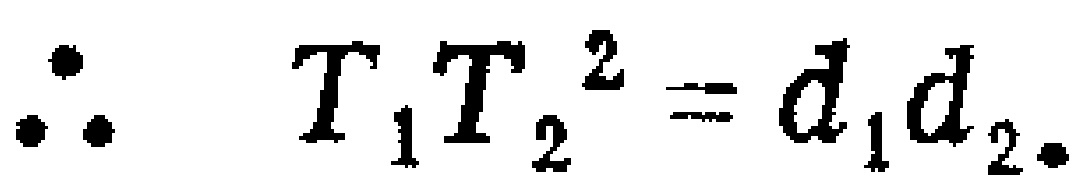
\(\therefore T_{1}T_{2}^{2}=d_{1}d_{2}\)